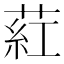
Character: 葒